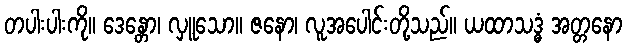
တပါးပါးကို။ ဒေန္တော၊ လှူသော။ ဇနော၊ လူအပေါင်းတို့သည်။ ယထာသဒ္ဓံ အတ္တနော